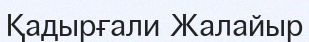
Қадырғали Жалайыр